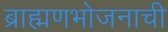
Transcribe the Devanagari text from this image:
ब्राह्मणभोजनाची